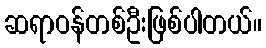
ဆရာဝန်တစ်ဦးဖြစ်ပါတယ်။